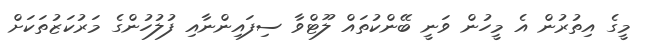
މީގެ އިތުރުން އެ މީހުން ވަނީ ބޭންކުތައް ލޫޓްވާ ސިފައިންނާއި ފުލުހުންގެ މަރުކަޒުތަކަށް